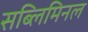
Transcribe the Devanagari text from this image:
सब्लिमिनल